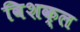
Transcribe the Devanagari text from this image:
विशक्ल